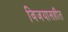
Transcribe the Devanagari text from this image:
विजयासहीत